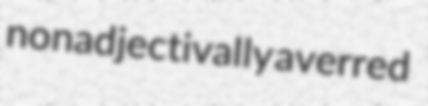
nonadjectivally averred